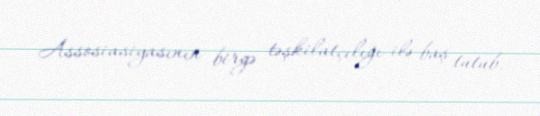
Assosiasiyasının birgə təşkilatçılığı ilə baş tutub.